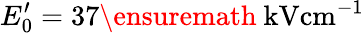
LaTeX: E_{0}^{\prime}=37\ensuremath{~\mathrm{kV}\mathrm{cm}^{-1}}